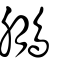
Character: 鵬